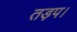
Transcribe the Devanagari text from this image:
तड़प।